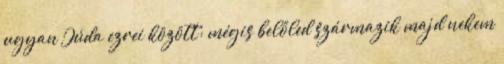
ugyan Júda ezrei között; mégis belőled származik majd nekem